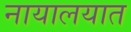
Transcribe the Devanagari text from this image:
नायालयात